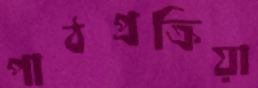
পাঠপ্রক্রিয়া